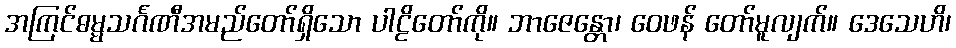
အကြင်ဓမ္မသင်္ဂဏီအမည်တော်ရှိသော ပါဠိတော်ကို။ ဘာဇေန္တော၊ ဝေဖန် တော်မူလျက်။ ဒေသေဟိ၊